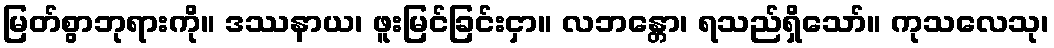
မြတ်စွာဘုရားကို။ ဒဿနာယ၊ ဖူးမြင်ခြင်းငှာ။ လဘန္တော၊ ရသည်ရှိသော်။ ကုသလေသု၊